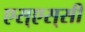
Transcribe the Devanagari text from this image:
एस्‌एस्‌सी